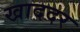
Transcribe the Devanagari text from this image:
खाददर